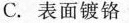
C.表面镀铬